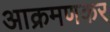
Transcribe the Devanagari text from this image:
आक्रमणकर